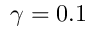
\gamma = 0 . 1